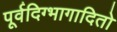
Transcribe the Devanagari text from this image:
पूर्वदिग्भागादितो